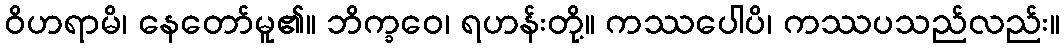
ဝိဟရာမိ၊ နေတော်မူ၏။ ဘိက္ခဝေ၊ ရဟန်းတို့။ ကဿပေါပိ၊ ကဿပသည်လည်း။